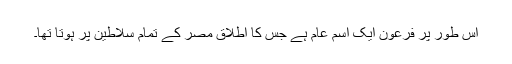
اس طور پر فرعون ایک اسمِ عام ہے جس کا اطلاق مصر کے تمام سلاطین پر ہوتا تھا۔